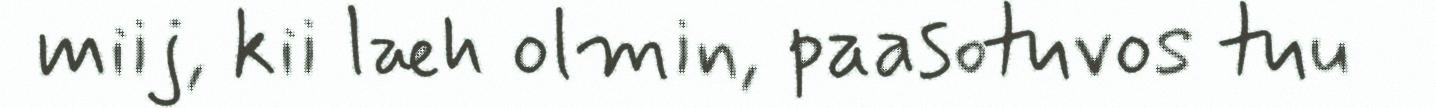
miij, kii læh olmin, paasotuvos tuu